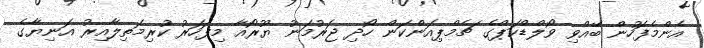
އެންމެފަހުން ބޭއްވި ވޯލްޑްކަޕްގެ ޗެމްޕިއަންކަން ހޯދި ޖަރުމަނު ޔޫރޯއާ މިފަހަރު ކުރިމަތިލާއިރު އަނިޔާގެ